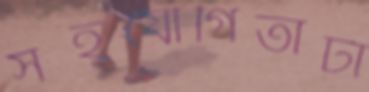
সহযোগিতাটা